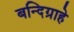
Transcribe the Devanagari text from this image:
बन्दिग्राहे